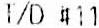
T/D #11